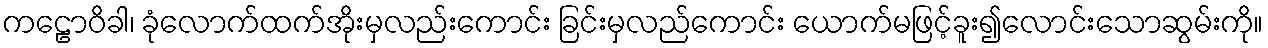
ကဠောဝိခါ၊ ခုံလောက်ထက်အိုးမှလည်းကောင်း ခြင်းမှလည်ကောင်း ယောက်မဖြင့်ခူး၍လောင်းသောဆွမ်းကို။